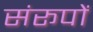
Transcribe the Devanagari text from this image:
संरूपों